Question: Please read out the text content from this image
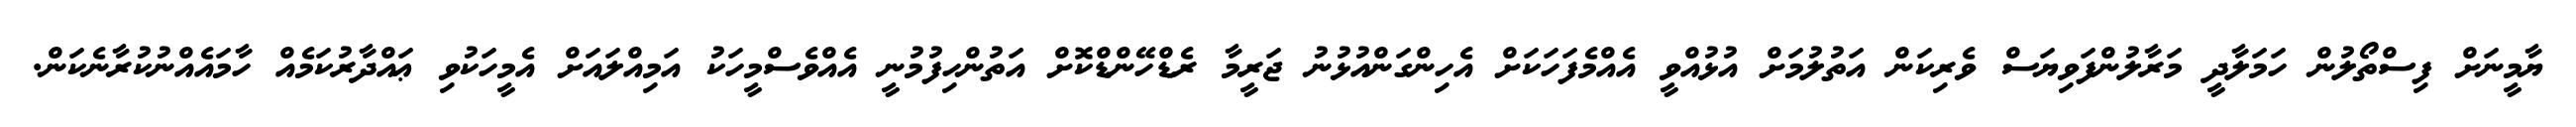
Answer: ޔާމީނަށް ފިސްތޯލުން ހަމަލާދީ މަރާލުންފަވިޔަސް ވެރިކަން އަތުލުމަށް އުޅުއްވީ އެއްމެފަހަކަށް އެހިންގަންއުޅުނު ޖަރީމާ ރެޑްހޭންޑްކޮށް އަތުންހިފުމުނީ އެއްވެސްމީހަކު އަމިއްލައަށް އެމީހަކުވި ޢައްދާރުކަމެއް ހާމައެއްނުކުރާނެކަން.